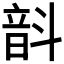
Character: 𫖗